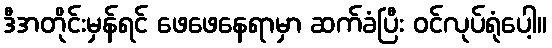
ဒီအတိုင်းမှန်ရင် ဖေဖေနေရာမှာ ဆက်ခံပြီး ဝင်လုပ်ရုံပေါ့။